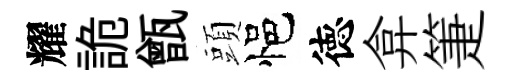
耀詭甑頭悒徳弇箑